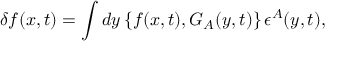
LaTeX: \delta f ( x , t ) = \int d y \, \{ f ( x , t ) , G _ { A } ( y , t ) \} \, \epsilon ^ { A } ( y , t ) ,